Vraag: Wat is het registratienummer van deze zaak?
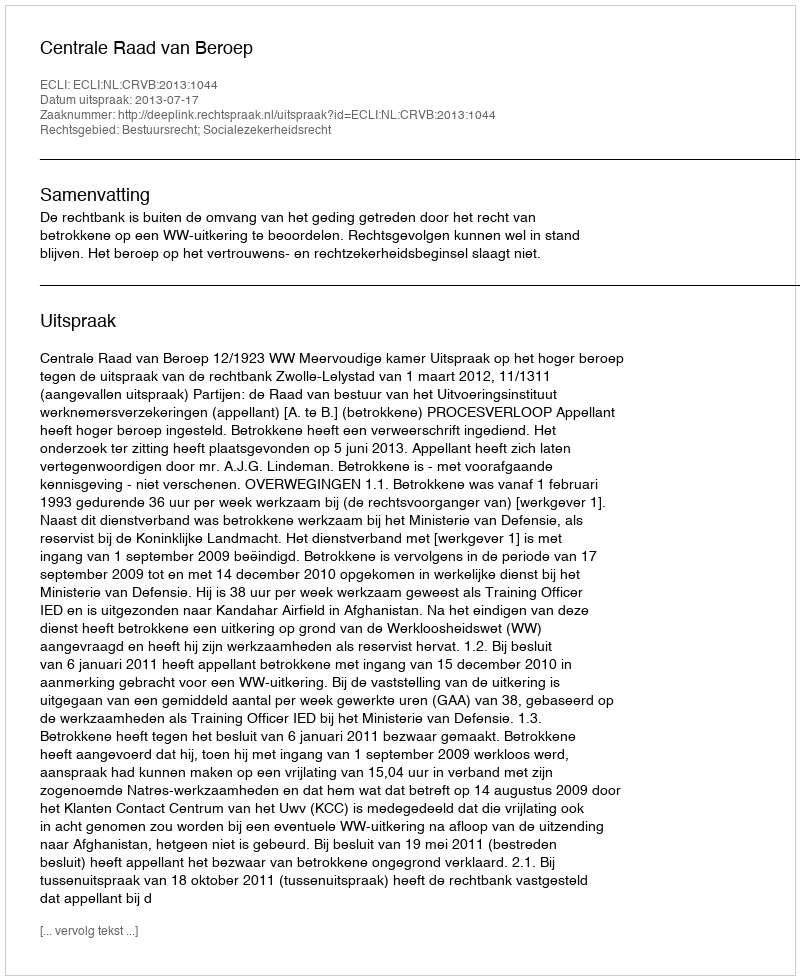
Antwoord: http://deeplink.rechtspraak.nl/uitspraak?id=ECLI:NL:CRVB:2013:1044